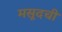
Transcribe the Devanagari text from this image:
मसूदची